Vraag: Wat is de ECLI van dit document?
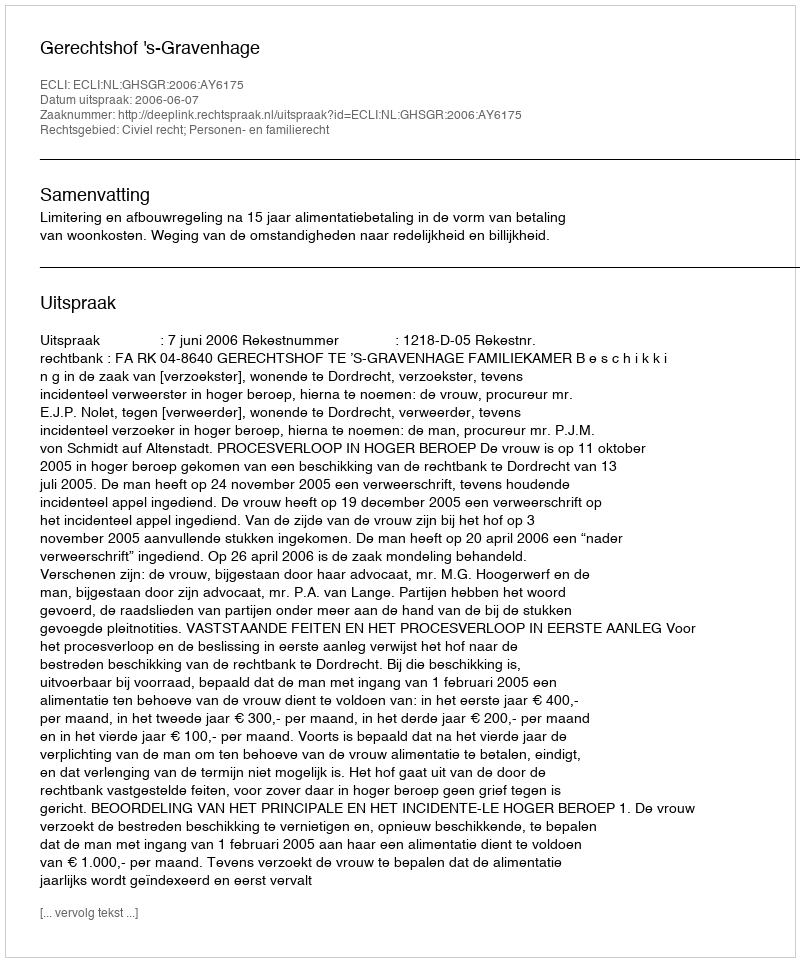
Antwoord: ECLI:NL:GHSGR:2006:AY6175